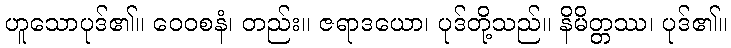
ဟူသောပုဒ်၏။ ဝေဝစနံ၊ တည်း။ ဇရာဒယော၊ ပုဒ်တို့သည်။ နိမိတ္တဿ၊ ပုဒ်၏။